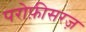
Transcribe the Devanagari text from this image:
परोफ़ीसरज़